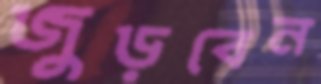
জুড়বেন